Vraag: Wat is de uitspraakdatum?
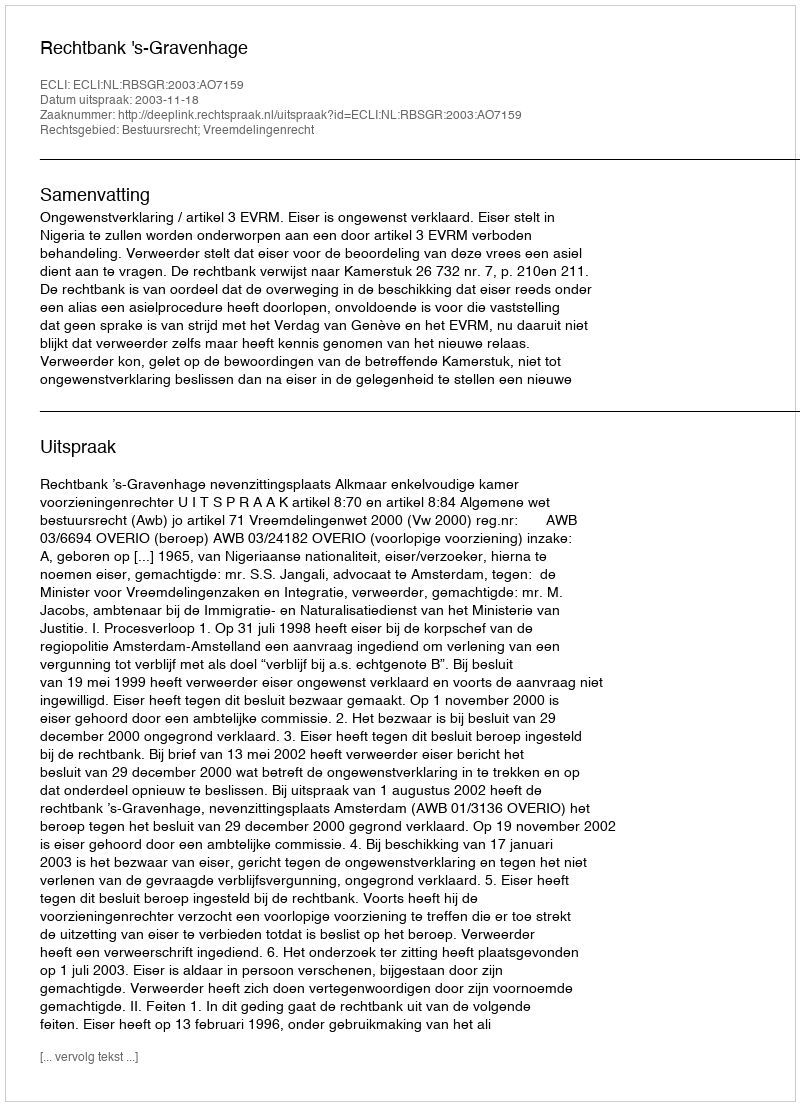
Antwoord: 2003-11-18